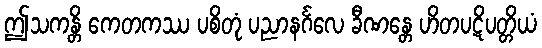
ဤသကန္တိ ကေတကဿ ပစိတုံ ပညာနင်္ဂလေ ခီဏန္တေ ဟိတပဋိပတ္တိယံ